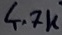
Text: 4.7K